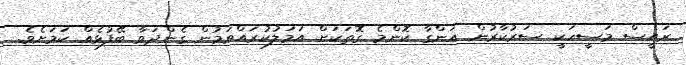
ރައީސް މަސީހަކީ ސަރުކާރުން އަންގާ ކޮންމެ ގޮތަކަށް އަމަލުކުރައްވަމުން ގެންދަވާ ބޭފުޅެއް ކަމަށެވެ.